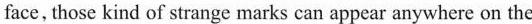
face, those kind of strange marks can appear anywhere on the